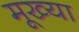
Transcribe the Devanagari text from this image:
मूख्या